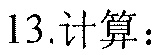
13.计算：